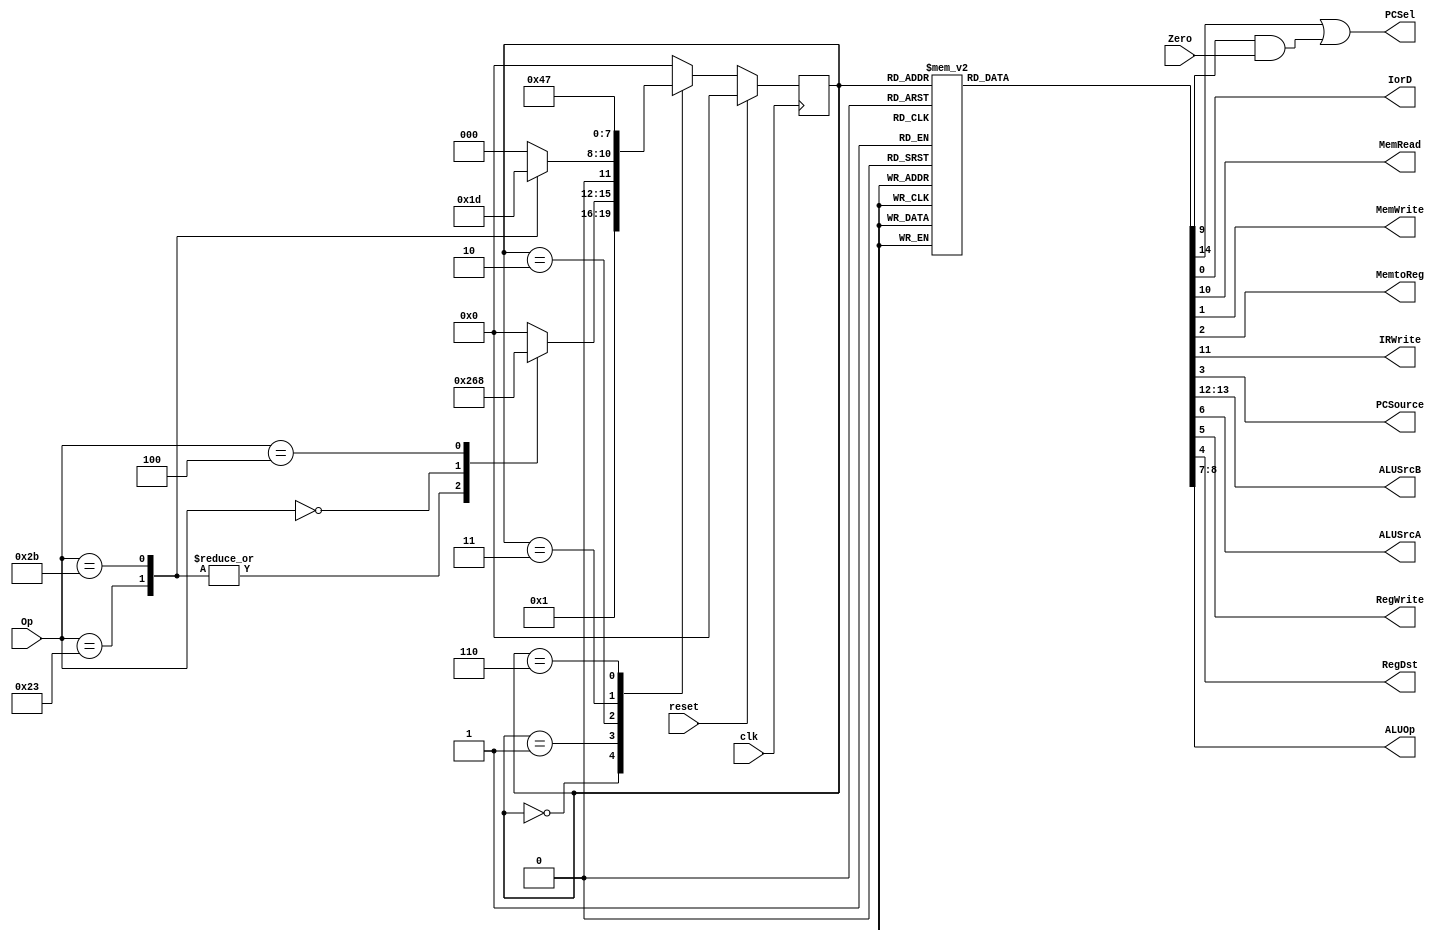
module control (clk, reset,Op, Zero, IorD, MemRead, MemWrite, MemtoReg, IRWrite,
PCSource, ALUSrcB, ALUSrcA, RegWrite, RegDst, PCSel, ALUOp);

	input clk;
	input reset;
	input [5:0] Op;
	input Zero;

	output reg IorD;
	output reg MemWrite;
	output reg MemRead;
	output reg MemtoReg;
	output reg IRWrite;
	output reg PCSource;
	output reg RegDst;
	output reg RegWrite;
	output reg ALUSrcA;
	output reg [1:0] ALUSrcB;
	output PCSel;
	output reg [1:0] ALUOp;

	reg PCWrite;
	reg PCWriteCond;

	assign
		PCSel = (PCWrite | (PCWriteCond & Zero));

	//states
	parameter FETCH = 4'b0000;
	parameter DECODE = 4'b0001;
	parameter MEMADRCOMP = 4'b0010;
	parameter MEMACCESSL = 4'b0011;//L1
	parameter MEMREADEND = 4'b0100;//L2
	parameter MEMACCESSS = 4'b0101;//S
	parameter EXECUTION = 4'b0110;
	parameter RTYPEEND = 4'b0111;
	parameter BEQ = 4'b1000;

	reg [3:0] state;
	reg [3:0] nextstate;

  always@(posedge clk)
    if (reset)
		state <= FETCH;
    else
		state <= nextstate;


	always@(state or Op) begin
      	case (state)
        FETCH:  nextstate = DECODE;
        DECODE:  case(Op)
					//OpCode
                   6'b100011:	nextstate = MEMADRCOMP;//lw
                   6'b101011:	nextstate = MEMADRCOMP;//sw
                   6'b000000:	nextstate = EXECUTION;//r
                   6'b000100:	nextstate = BEQ;//beq
                   default: nextstate = FETCH;
                 endcase
        MEMADRCOMP:  case(Op)
                   6'b100011:      nextstate = MEMACCESSL;//lw
                   6'b101011:      nextstate = MEMACCESSS;//sw
                   default: nextstate = FETCH;
                 endcase
        MEMACCESSL:    nextstate = MEMREADEND;
        MEMREADEND:    nextstate = FETCH;
        MEMACCESSS:    nextstate = FETCH;
        EXECUTION: nextstate = RTYPEEND;
        RTYPEEND: nextstate = FETCH;
        BEQ:   nextstate = FETCH;
        default: nextstate = FETCH;
      endcase
    end


	always@(state) begin

	IorD=1'b0; MemRead=1'b0; MemWrite=1'b0; MemtoReg=1'b0; IRWrite=1'b0; PCSource=1'b0;
	ALUSrcB=2'b00; ALUSrcA=1'b0; RegWrite=1'b0; RegDst=1'b0; PCWrite=1'b0; PCWriteCond=1'b0; ALUOp=2'b00;

    	case (state)
        FETCH:
          begin
            MemRead = 1'b1;
            IRWrite = 1'b1;
            ALUSrcB = 2'b01;
            PCWrite = 1'b1;
          end
        DECODE:
	    ALUSrcB = 2'b11;
        MEMADRCOMP:
          begin
            ALUSrcA = 1'b1;
            ALUSrcB = 2'b10;
          end
        MEMACCESSL:
          begin
            MemRead = 1'b1;
            IorD    = 1'b1;
          end
        MEMREADEND:
          begin
            RegWrite = 1'b1;
	    MemtoReg = 1'b1;
            RegDst = 1'b0;
          end
        MEMACCESSS:
          begin
            MemWrite = 1'b1;
            IorD     = 1'b1;
          end
        EXECUTION:
          begin
            ALUSrcA = 1'b1;
            ALUOp   = 2'b10;
          end
        RTYPEEND:
          begin
            RegDst   = 1'b1;
            RegWrite = 1'b1;
          end
        BEQ:
          begin
            ALUSrcA = 1'b1;
            ALUOp   = 2'b01;
            PCWriteCond = 1'b1;
	    PCSource = 2'b01;
          end
      endcase
    end
endmodule